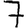
Digit: 7